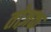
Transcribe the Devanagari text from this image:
तोज़क